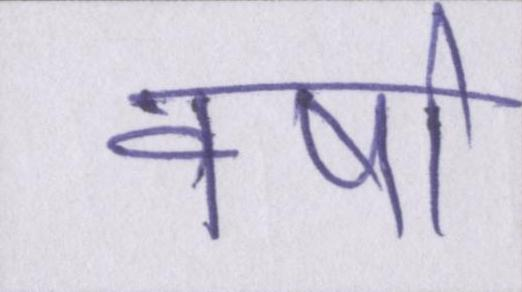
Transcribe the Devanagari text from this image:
वर्षा